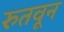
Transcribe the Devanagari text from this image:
रुतवून